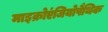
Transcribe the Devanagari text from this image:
माइक्रोएंजियोपैथिक